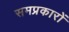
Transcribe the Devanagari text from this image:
समप्रकारों